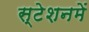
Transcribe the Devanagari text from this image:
स्टेशनमें